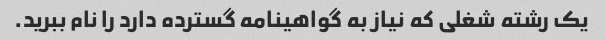
یک رشته شغلی که نیاز به گواهینامه گسترده دارد را نام ببرید.